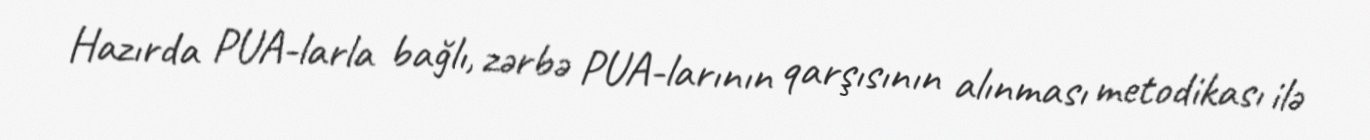
Hazırda PUA-larla bağlı, zərbə PUA-larının qarşısının alınması metodikası ilə